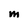
Character: M